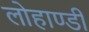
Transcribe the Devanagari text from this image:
लोहाण्डी